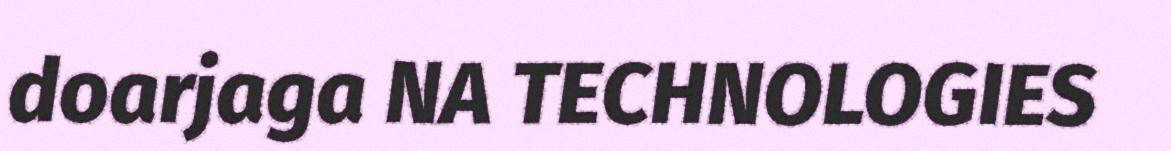
doarjaga NA TECHNOLOGIES